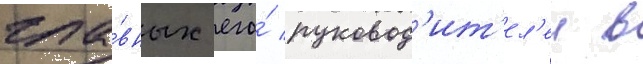
гла́вных его́ руковод'ит'ел'еи в